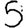
Digit: 5